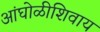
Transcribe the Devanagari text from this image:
आंघोळीशिवाय